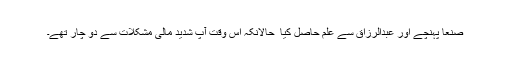
صنعا پہنچے اور عبدالرزاق سے علم حاصل کیا ٗ حالانکہ اس وقت آپ شدید مالی مشکلات سے دو چار تھے۔